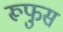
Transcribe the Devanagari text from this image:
रूफुस